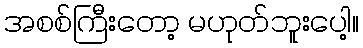
အစစ်ကြီးတော့ မဟုတ်ဘူးပေါ့။